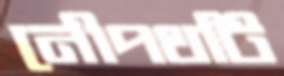
নৌপথটি